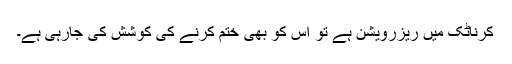
کرناٹک میں ریزرویشن ہے تو اس کو بھی ختم کرنے کی کوشش کی جارہی ہے۔